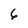
Character: 6